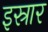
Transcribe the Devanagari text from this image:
इस्रार